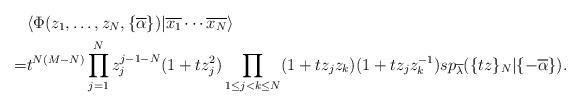
LaTeX: \begin{align*}&\langle \Phi(z_1,\dots,z_N,\{ \overline{\alpha} \})| \overline{x_1} \cdots \overline{x_N}\rangle \\=&t^{N(M-N)}\prod_{j=1}^N z_j^{j-1-N}(1+tz_j^2)\prod_{1 \le j<k \le N}(1+tz_j z_k)(1+tz_j z_k^{-1})sp_{\overline{\lambda}} ( \{ tz \}_N |\{-\overline{\alpha} \}).\end{align*}